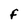
Character: F